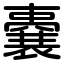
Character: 嚢